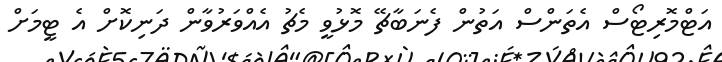
އަޓްމޮރިޓޯސް އެތަންސް އަތުން ފެނަބާޗޭ މޮޅުވީ މެޗު އެއްވަރުވާން ދަނިކޮށް އެ ޓީމަށް